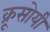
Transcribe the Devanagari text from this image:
क्रूसोयी